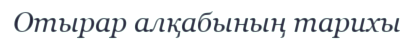
Отырар алқабының тарихы